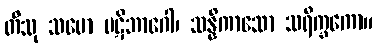
တီသု သမော ပဋိဘာဂေါ၊ သန္နိကာသော သရိက္ခကော။